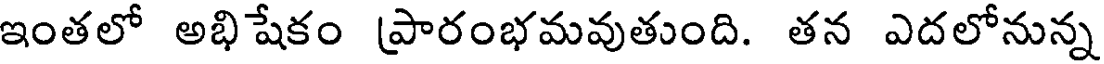
ఇంతలో అభిషేకం ప్రారంభమవుతుంది. తన ఎదలోనున్న